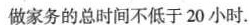
做家务的总时间不低于20小时，